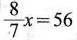
$$\frac { 8 } { 7 } x = 5 6$$